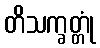
တိသက္ခတ္တုံ